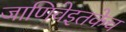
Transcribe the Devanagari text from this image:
जाणिवेइतकेच